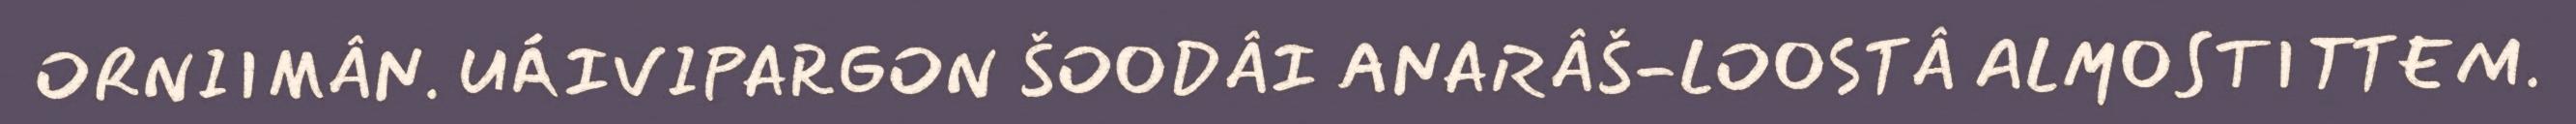
ORNIIMÂN. UÁIVIPARGON ŠOODÂI ANARÂŠ-LOOSTÂ ALMOSTITTEM.